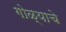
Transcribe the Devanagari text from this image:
गोळ्याचे